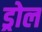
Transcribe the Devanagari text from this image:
ड्रोल